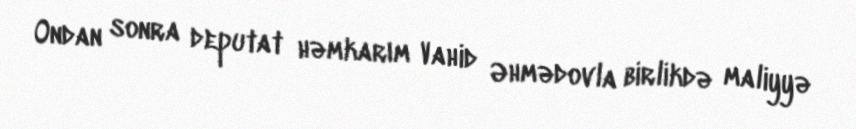
Ondan sonra deputat həmkarım Vahid Əhmədovla birlikdə maliyyə